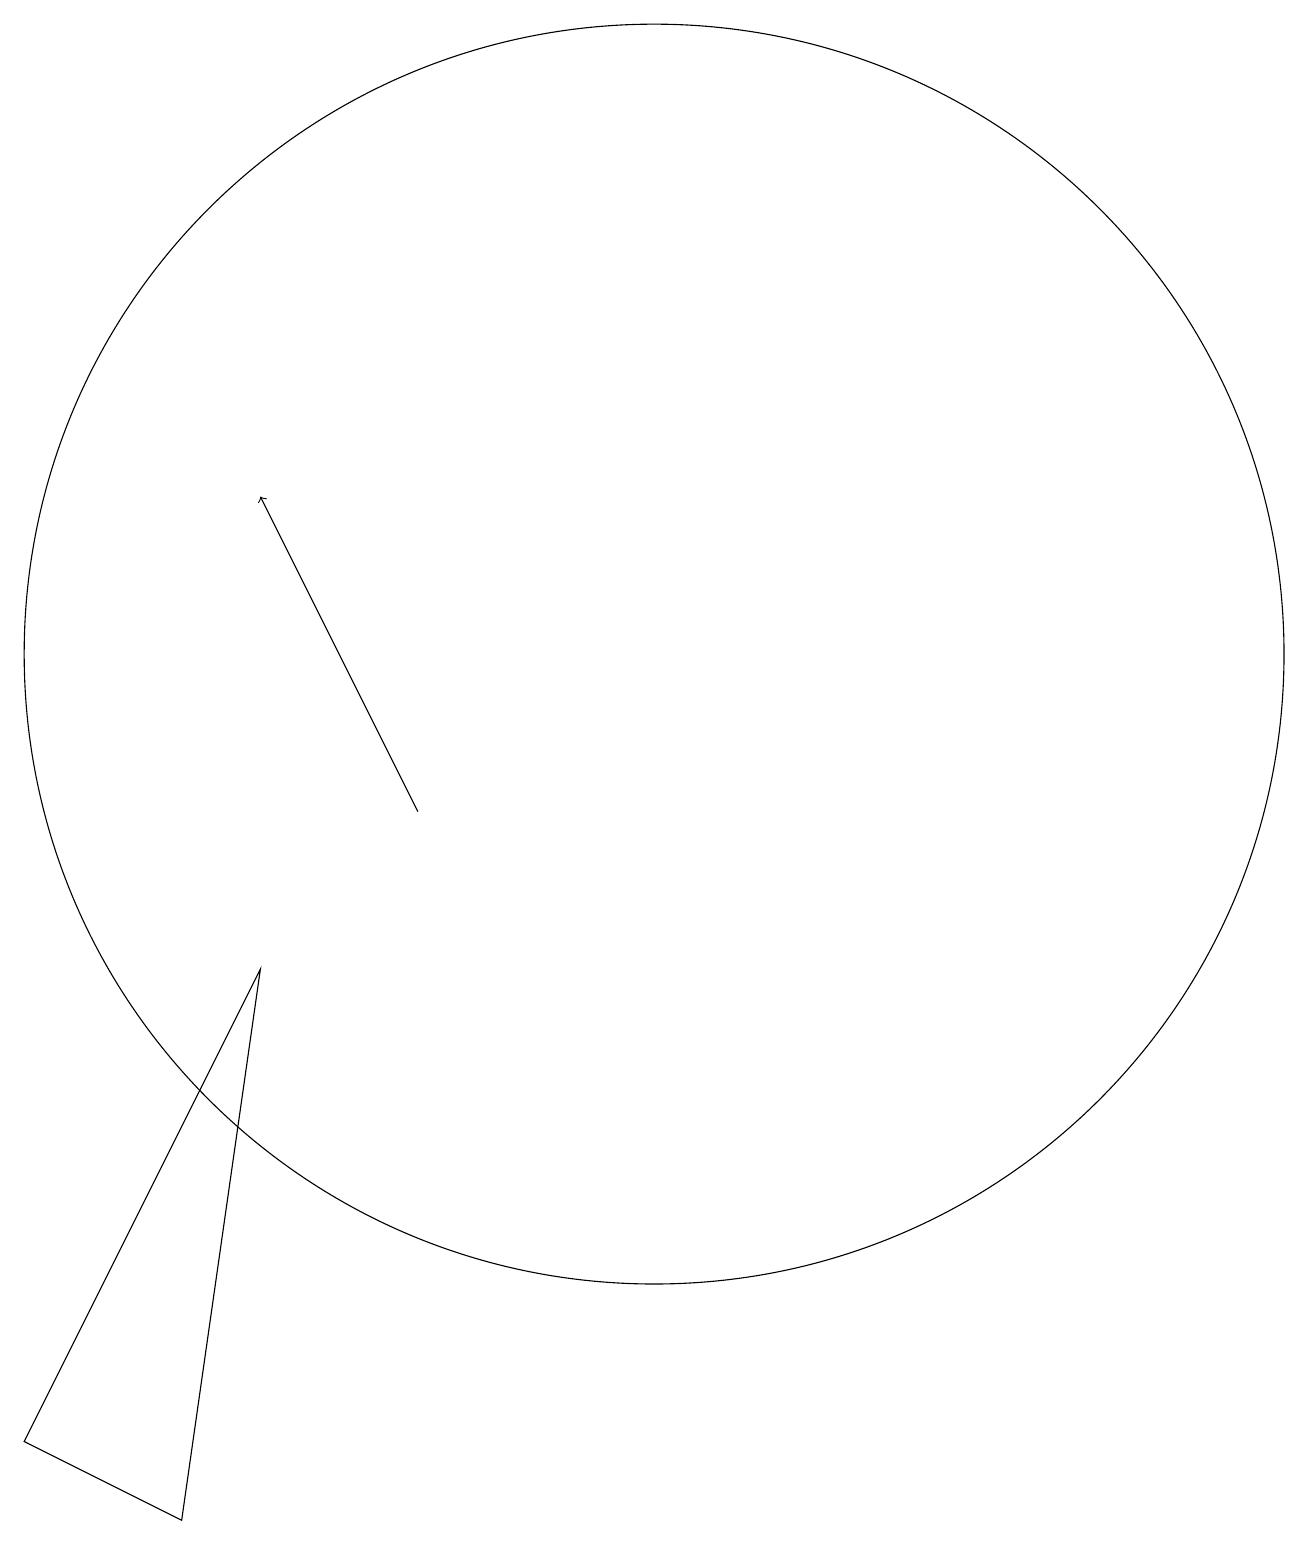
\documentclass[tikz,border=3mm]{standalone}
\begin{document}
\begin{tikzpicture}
\draw (10,12) circle (8);
\draw[->] (7,10) -- (5,14);
\draw (4,1) -- (5,8) -- (2,2) -- cycle;
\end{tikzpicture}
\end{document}